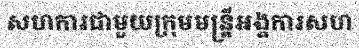
សហការជាមួយក្រុមមន្ត្រីអង្គការសហ